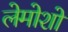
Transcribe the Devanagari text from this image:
लेमोशो